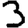
Digit: 3